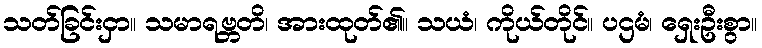
သတ်ခြင်းငှာ။ သမာရဗ္ဘတိ၊ အားထုတ်၏။ သယံ၊ ကိုယ်တိုင်။ ပဌမံ၊ ရှေးဦးစွာ။